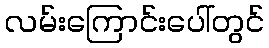
လမ်းကြောင်းပေါ်တွင်